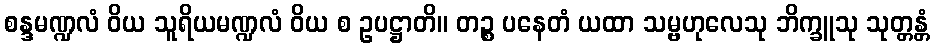
စန္ဒမဏ္ဍလံ ဝိယ သူရိယမဏ္ဍလံ ဝိယ စ ဥပဋ္ဌာတိ။ တဉ္စ ပနေတံ ယထာ သမ္ဗဟုလေသု ဘိက္ခူသု သုတ္တန္တံ